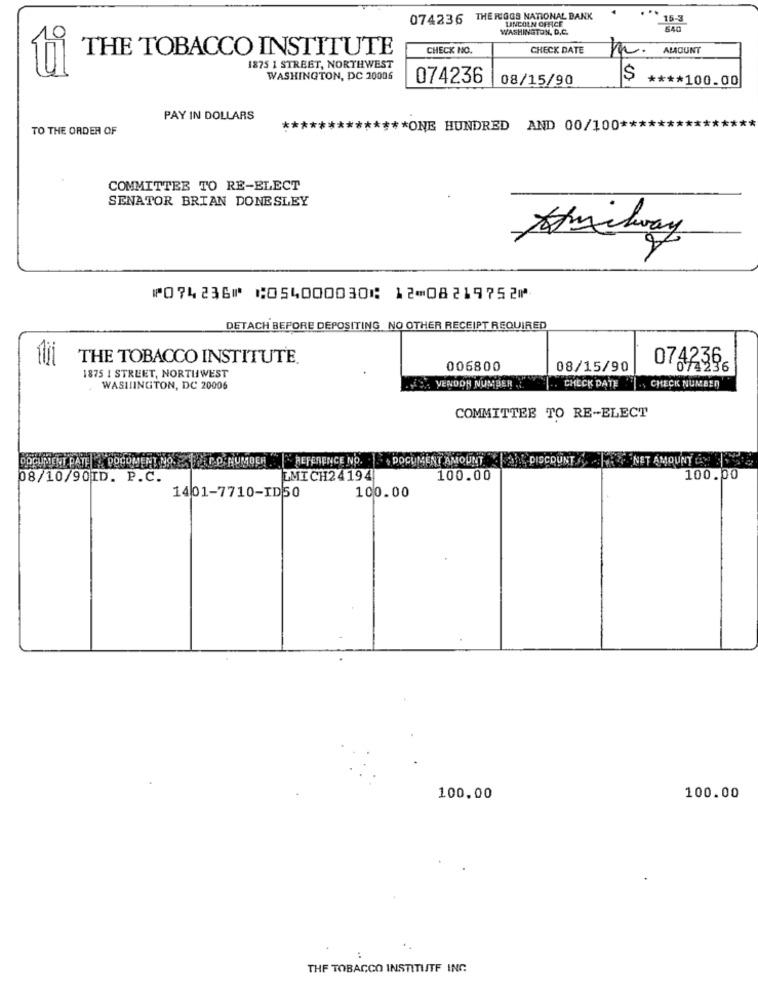
074236 THE RIGGS NATIONAL BANK
LINCOLN OFFICE
WASHINGTON, D.C.
THE TOBACCO INSTITUTE
CHECK NO.
CHECK DATE
Mr.
AMOUNT
1875 1 STREET, NORTHWEST
WASHINGTON, DC 20006
074236
08/15/90
$
**** 100.00
PAY IN DOLLARS
***
TO THE ORDER OF
************** ONE HUNDRED AND 00/100 ************
COMMITTEE TO RE-ELECT
SENATOR BRIAN DONESLEY
Archway
⑈074236⑈ ⑆054000030⑆ 12⑉08219752⑈
DETACH BEFORE DEPOSITING NO OTHER RECEIPT REQUIRED
THE TOBACCO INSTITUTE.
006800
08/15/90
0702396
1875 1 STREET, NORTHWEST
VENDOR NUMBER ..
.. CHECK DATE
" .. CHECK NUMBED
. WASHINGTON, DC 20006
COMMITTEE TO RE-ELECT
DOCUMENT PATE , POCOMENT NO. TATO NUMBER
REFERENCE NO. DOCUMENT AMOUNT DISCOUNT RF NET AMOUNT W
08/10/90ID. P.C.
LMICH24194
100.00
100.00
1401-7710-ID50
100.00
100.00
100.00
:
THE TOBACCO INSTITUTF ING